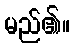
မည်၏။